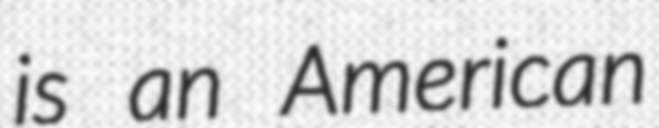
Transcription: is an American